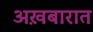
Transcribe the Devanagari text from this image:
अख़बारात